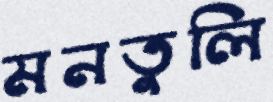
মনতুলি